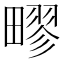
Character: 疁